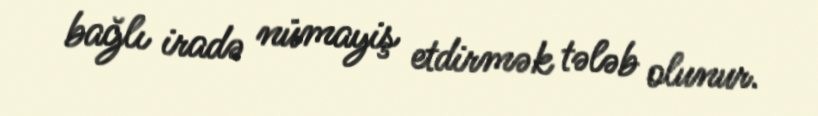
bağlı iradə nümayiş etdirmək tələb olunur.